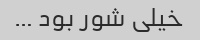
خیلی شور بود …